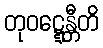
တုဝဋ္ဋေန္တီတိ